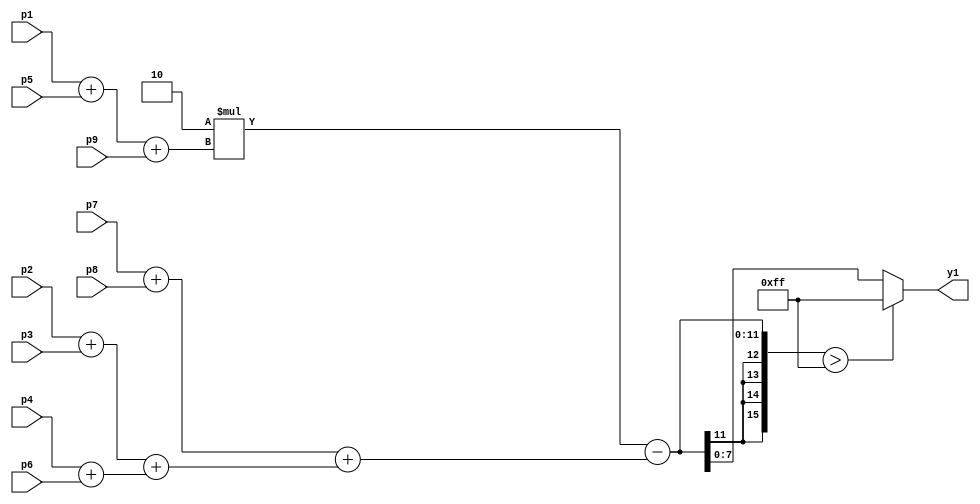
// AMSG for line detection with +45degree kernel

module AMSG_line_p45(
  input [7:0] p1, p2, p3, p4, p5, p6, p7, p8, p9,
  output reg [7:0] y1
    );
    wire [15:0] ys1;
    wire [8:0] n1, n2, n3, n4, n5, n6, n7;
    wire [15:0] m1;
    
    assign n1 = p2 + p3;
    assign n2 = p4 + p6;
	assign n3 = p7 + p8;
	assign n4 = p1 + p5;
    assign n5 = n1 + n2;
	assign n6 = n3 + n5;
	assign n7 = n4 + p9;
	assign m1 = 2 * n7;
    assign ys1 = m1 - n6;
    always@(ys1)
    begin
    if(ys1 > 255)
      y1 <= 255;
    else
      y1 <= ys1;
    end
endmodule